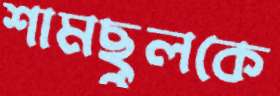
শামছুলকে